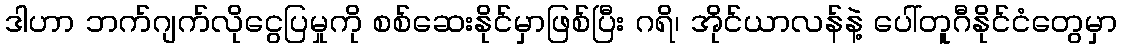
ဒါဟာ ဘက်ဂျက်လိုငွေပြမှုကို စစ်ဆေးနိုင်မှာဖြစ်ပြီး ဂရိ၊ အိုင်ယာလန်နဲ့ ပေါ်တူဂီနိုင်ငံတွေမှာ